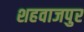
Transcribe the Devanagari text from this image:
शहवाजपुर